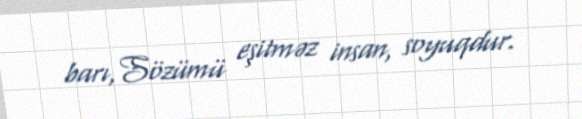
barı,Sözümü eşitməz insan, soyuqdur.